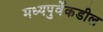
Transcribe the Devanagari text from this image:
मध्यपुर्वेकडील